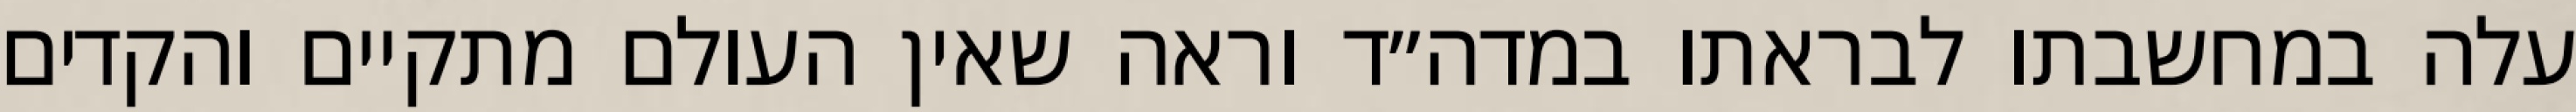
עלה במחשבתו לבראתו במדה״ד וראה שאין העולם מתקיים והקדים